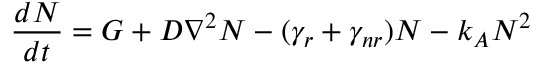
\frac { d N } { d t } = G + D \nabla ^ { 2 } N - ( \gamma _ { r } + \gamma _ { n r } ) N - k _ { A } N ^ { 2 }